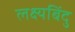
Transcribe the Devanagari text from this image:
लक्ष्यबिंदु